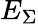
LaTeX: E_{\Sigma}